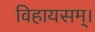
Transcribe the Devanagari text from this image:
विहायसम्।